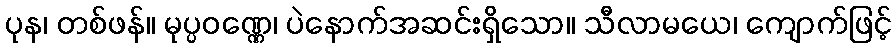
ပုန၊ တစ်ဖန်။ မုပ္ပဝဏ္ဏေ၊ ပဲနောက်အဆင်းရှိသော။ သီလာမယေ၊ ကျောက်ဖြင့်